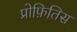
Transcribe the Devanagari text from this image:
प्रोफ़ितिस